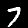
Label: 7